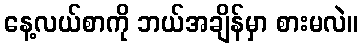
နေ့လယ်စာကို ဘယ်အချိန်မှာ စားမလဲ။